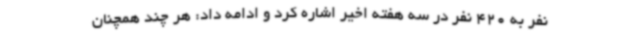
نفر به 420 نفر در سه هفته اخیر اشاره کرد و ادامه داد: هر چند همچنان